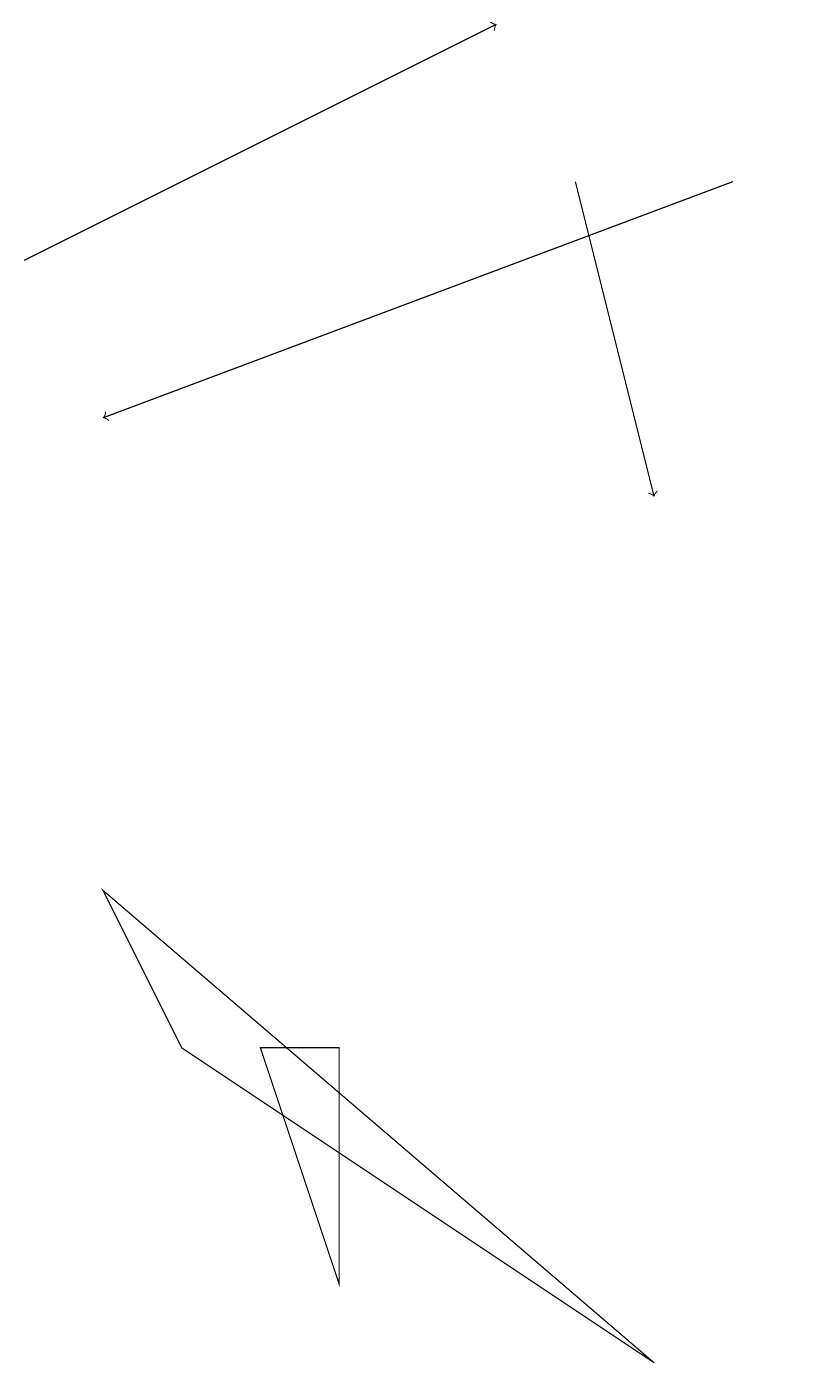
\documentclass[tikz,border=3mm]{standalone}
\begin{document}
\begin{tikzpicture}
\draw[->] (9,16) -- (1,13);
\draw (10,11) circle (0);
\draw (4,5) -- (3,5) -- (4,2) -- cycle;
\draw[->] (7,16) -- (8,12);
\draw (8,1) -- (1,7) -- (2,5) -- cycle;
\draw[->] (0,15) -- (6,18);
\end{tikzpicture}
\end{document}